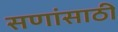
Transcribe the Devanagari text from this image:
सणांसाठी